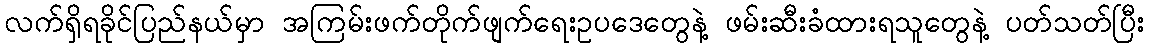
လက်ရှိရခိုင်ပြည်နယ်မှာ အကြမ်းဖက်တိုက်ဖျက်ရေးဥပဒေတွေနဲ့ ဖမ်းဆီးခံထားရသူတွေနဲ့ ပတ်သတ်ပြီး